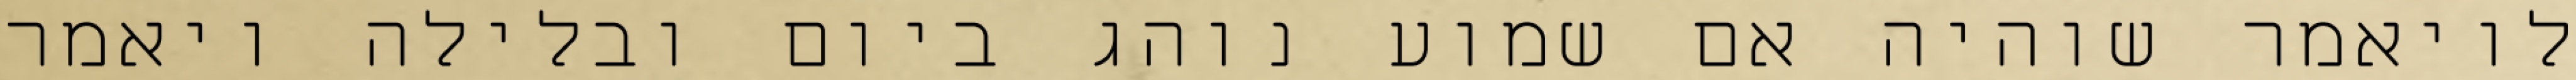
לויאמר שוהיה אם שמוע נוהג ביום ובלילה ויאמר